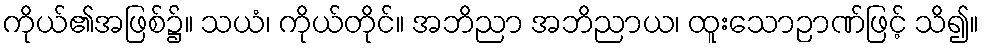
ကိုယ်၏အဖြစ်၌။ သယံ၊ ကိုယ်တိုင်။ အဘိညာ အဘိညာယ၊ ထူးသောဉာဏ်ဖြင့် သိ၍။